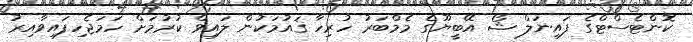
ކޮންޓެސްޓްގެ ފައިނަލް ޝޯ އޭބީޔޫގެ މެމްބަރު ހުރިހާ ޤައުމަކުން ލައިވް ކުރުމަށް ހަމަޖެހިފައިވާއިރު